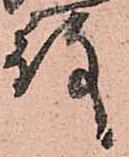
殿